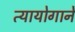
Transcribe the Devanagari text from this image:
त्यायोगाने